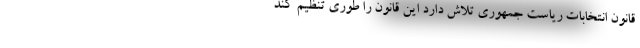
قانون انتخابات ریاست جمهوری تلاش دارد این قانون را طوری تنظیم کند